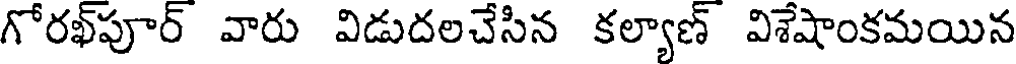
గోరఖ్పూర్ వారు విడుదలచేసిన కల్యాణ్ విశేషాంకమయిన